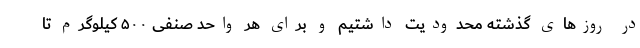
در روزهای گذشته محدودیت داشتیم و برای هر واحد صنفی ۵۰۰ کیلوگرم تا